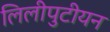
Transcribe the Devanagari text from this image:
लिलीपुटीयन